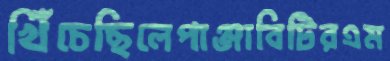
খিঁচেছিলেপাঞ্জাবিটিরএম